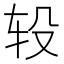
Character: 𨐅